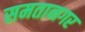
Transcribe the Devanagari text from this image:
समतानगर